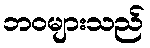
ဘဝများသည်